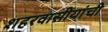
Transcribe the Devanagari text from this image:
शहरवासीयांची